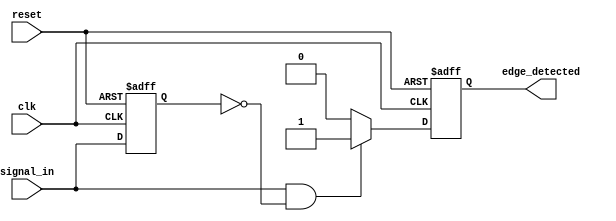
module edge_detector (
    input wire clk,           // Clock signal
    input wire reset,         // Asynchronous reset signal
    input wire signal_in,     // Input signal to detect the rising edge
    output reg edge_detected   // Output pulse for edge detection
);

    reg signal_in_prev;       // Previous state of the input signal

    // Asynchronous reset and edge detection logic
    always @(posedge clk or posedge reset) begin
        if (reset) begin
            signal_in_prev <= 1'b0;  // Initialize previous state to 0
            edge_detected <= 1'b0;    // Initialize output to 0
        end else begin
            // Capture current state of signal_in
            edge_detected <= (signal_in == 1'b1 && signal_in_prev == 1'b0) ? 1'b1 : 1'b0;
            signal_in_prev <= signal_in; // Store current state for next clock cycle
        end
    end

endmodule